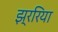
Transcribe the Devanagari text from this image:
झ्ररिया